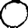
Digit: 0